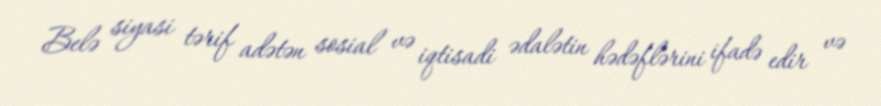
Belə siyasi tərif adətən sosial və iqtisadi ədalətin hədəflərini ifadə edir və